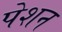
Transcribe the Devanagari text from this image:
पेशन